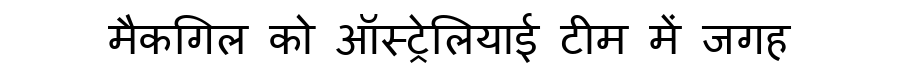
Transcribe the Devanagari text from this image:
मैकगिल को ऑस्ट्रेलियाई टीम में जगह